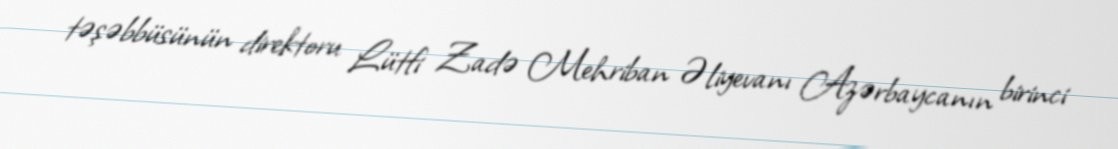
təşəbbüsünün direktoru Lütfi Zadə Mehriban Əliyevanı Azərbaycanın birinci